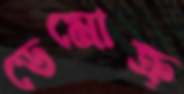
ডেমোক্র্